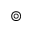
\circledcirc